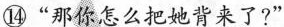
⑭“那你怎么把她背来了?”